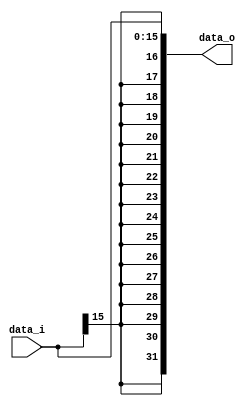
//Subject:     CO project 2 - Sign extend
//--------------------------------------------------------------------------------
//Version:     1
//--------------------------------------------------------------------------------
//Writer:    0316331_0316031  
//----------------------------------------------
//Date:        
//----------------------------------------------
//Description: 
//--------------------------------------------------------------------------------

module Sign_Extend(
    data_i,
    data_o
    );
               
//I/O ports
input   [16-1:0] data_i;
output  [32-1:0] data_o;

//Internal Signals
reg     [32-1:0] data_o;

//Sign extended
always@(*)begin
	data_o[15:0] <= data_i;
	data_o[16] <= data_i[15];
	data_o[17] <= data_i[15];
	data_o[18] <= data_i[15];
	data_o[19] <= data_i[15];
	data_o[20] <= data_i[15];
	data_o[21] <= data_i[15];
	data_o[22] <= data_i[15];
	data_o[23] <= data_i[15];
	data_o[24] <= data_i[15];
	data_o[25] <= data_i[15];
	data_o[26] <= data_i[15];
	data_o[27] <= data_i[15];
	data_o[28] <= data_i[15];
	data_o[29] <= data_i[15];
	data_o[30] <= data_i[15];
	data_o[31] <= data_i[15];
end          
endmodule